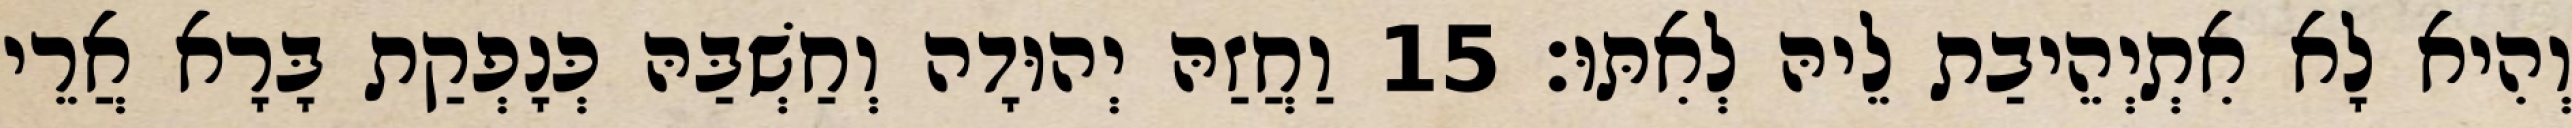
וְהִיא לָא אִתְיְהֵיבַת לֵיהּ לְאִתּוּ׃ 15 וַחֲזַהּ יְהוּדָה וְחַשְׁבַּהּ כְּנָפְקַת בָּרָא אֲרֵי